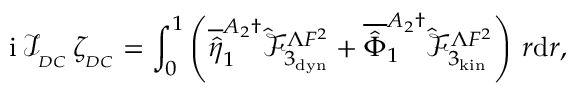
\mathrm { i } \, \mathcal { I } _ { _ { D C } } \, \zeta _ { _ { D C } } = \int _ { 0 } ^ { 1 } \left( \overline { { \hat { \eta } } } _ { 1 } ^ { A _ { 2 } \dagger } \hat { \mathcal { F } } _ { 3 _ { \mathrm { d y n } } } ^ { \Lambda F ^ { 2 } } + \overline { { \hat { \Phi } } } _ { 1 } ^ { A _ { 2 } \dagger } \hat { \mathcal { F } } _ { 3 _ { \mathrm { k i n } } } ^ { \Lambda F ^ { 2 } } \right) \, r \mathrm { d } r ,